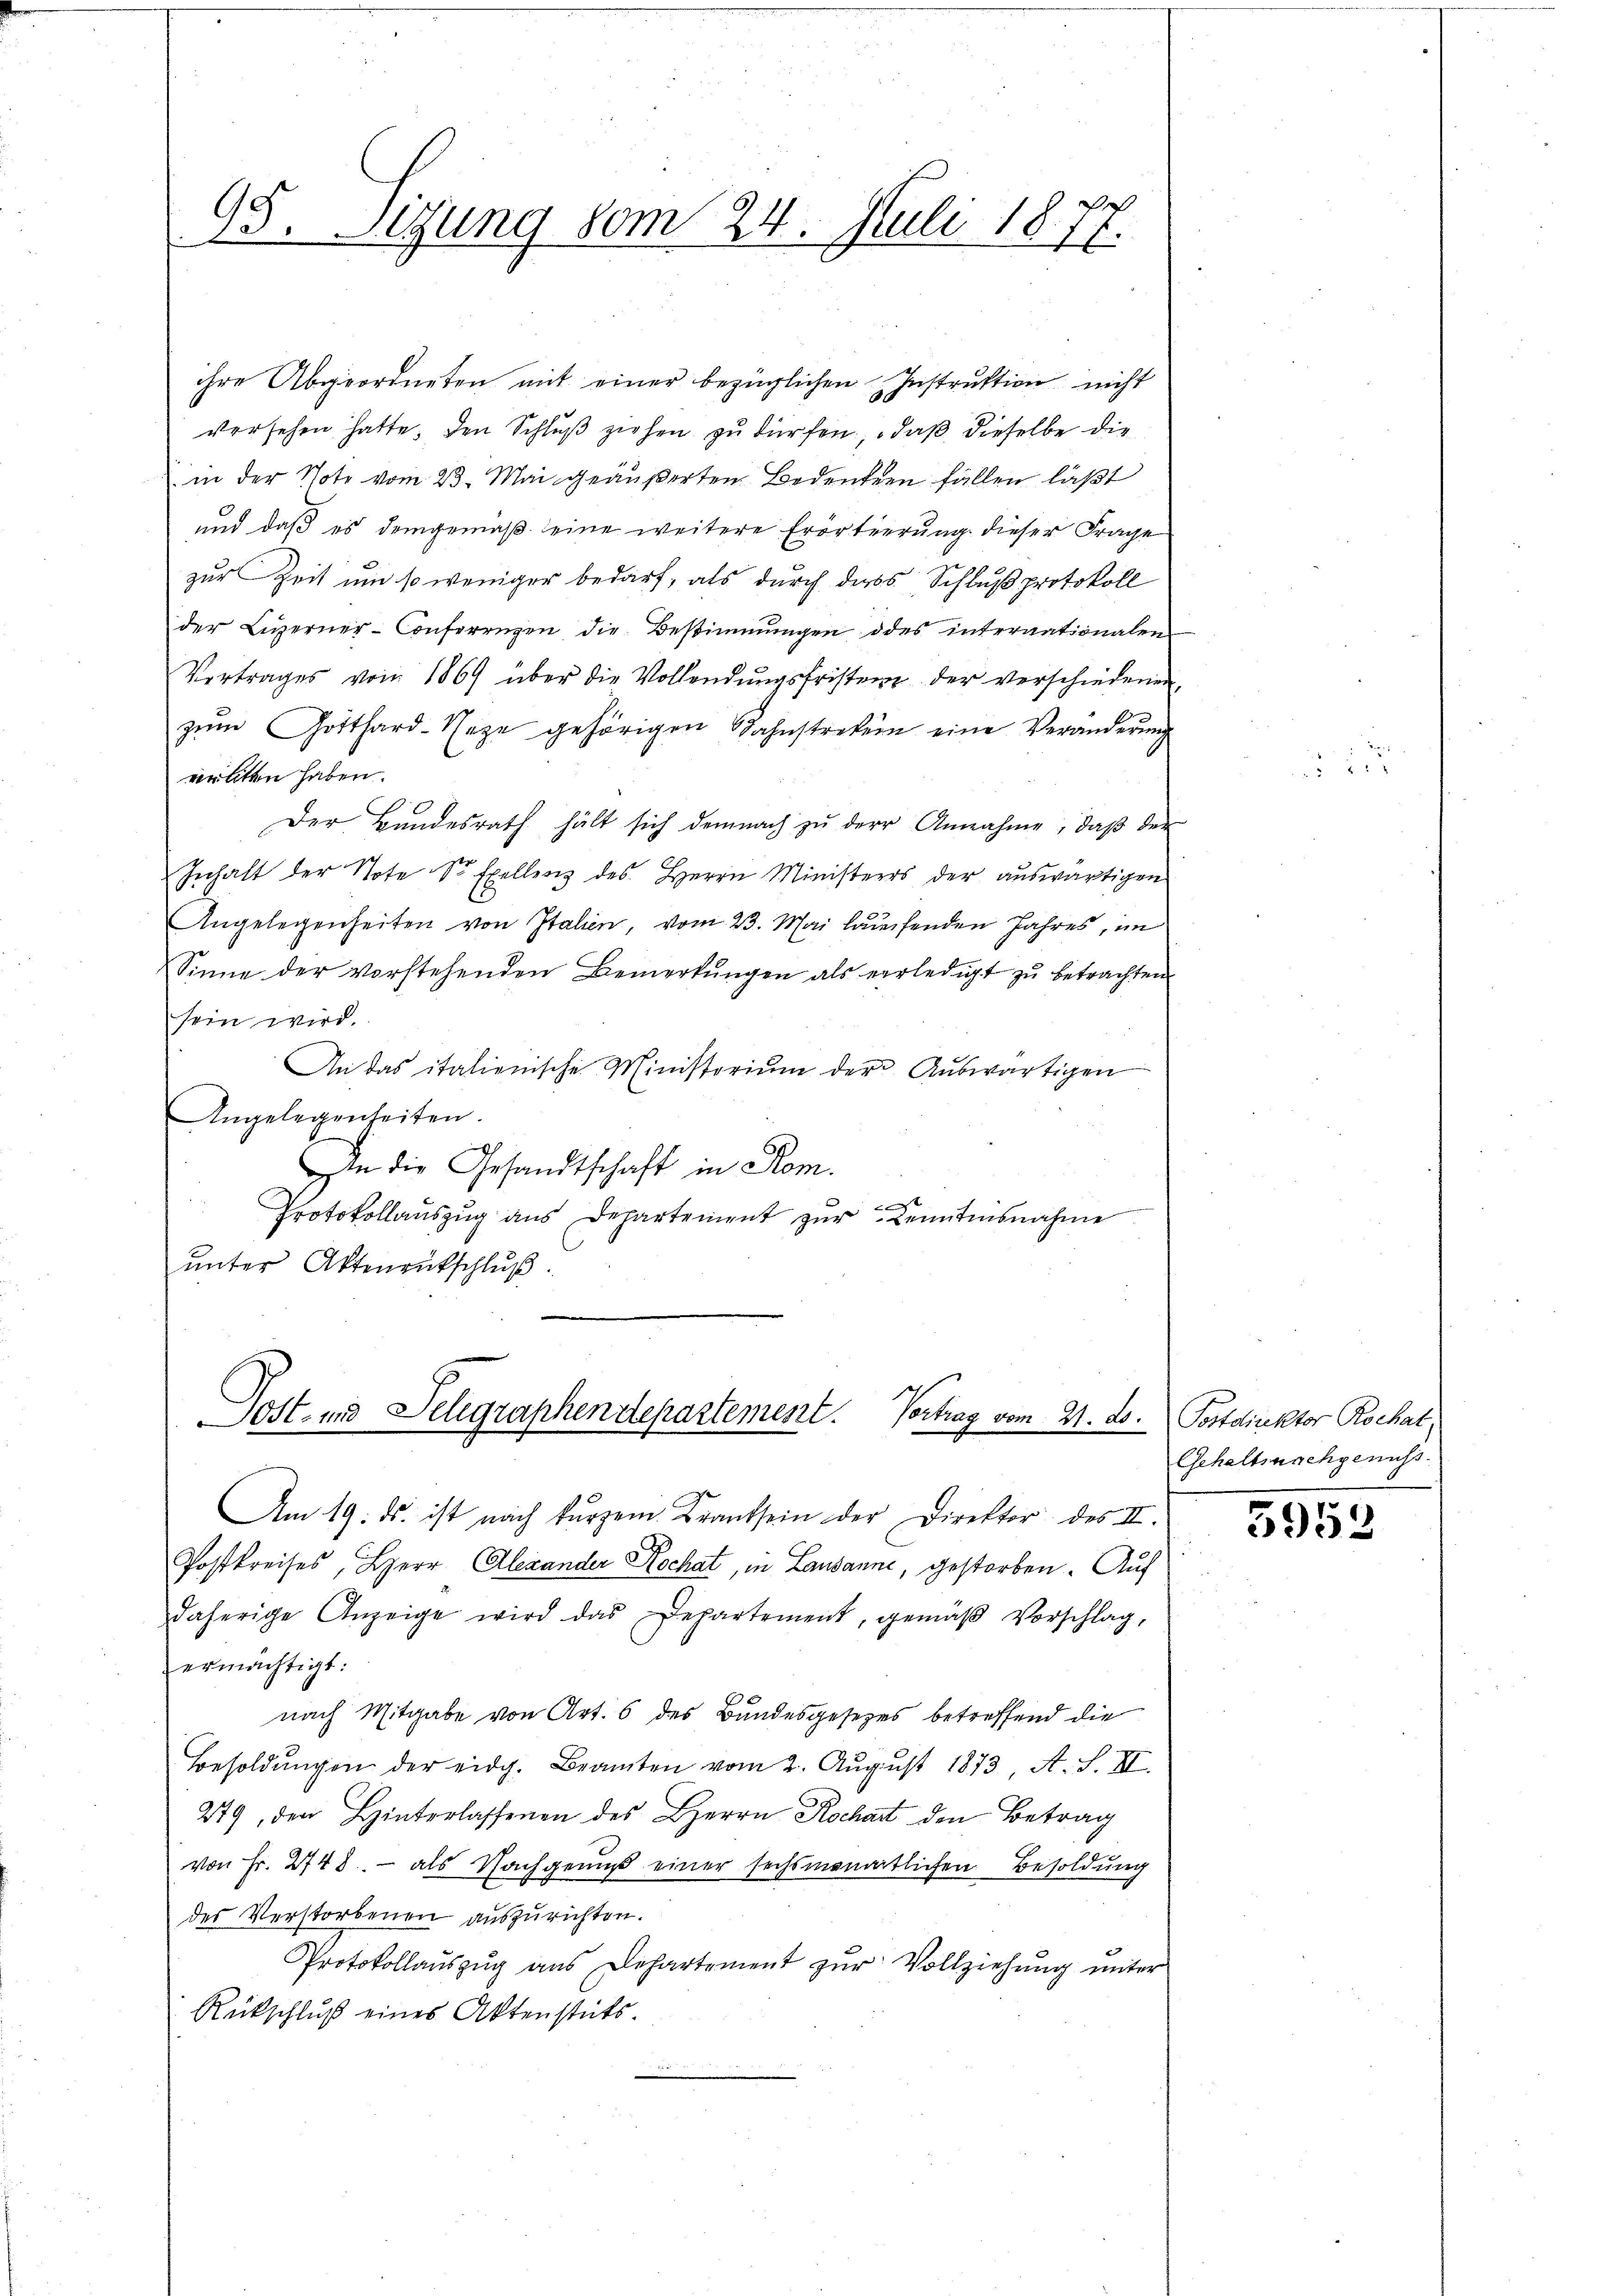
95. Sitzung vom 24. Juli 1877.

ihre Abgeordneten mit einer bezüglichen Instruktion nicht
versehen hatte, den Schluß ziehen zu dürfen, daß dieselbe die
in der Tote vom 23. Mai geäußerten Bedenken fällen läßt
und daß es demgemäß seine weitere Erörterung dieser Frage
zur Zeit um so weniger bedarf, als durch das Schluß protokoll
der Luzerner-Conferengen, die Bestimmungen des internationalen
Vertrages von 1869 über die Vollendŭngsfristen der verschiedenen
zŭm Gotthard-Naze gehörigen Sahnstrekein eine Veränderŭng
verlitten haben.
Der Bŭndesrath hält sich demnach zŭ der Annahme, daβ der
Inhalt der Note Sr Exellenz des Herrn Ministers der auswärtigen
Angelegenheiten von Italien, vom 23. Mai laufenden Jahres, im
Sinne der vorstehenden Bemerkŭngen als verledigt zŭ betrachten
sein wird.
An das italienische Ministoriŭm der Aŭswärtigen
Angelegenheiten.
.
In die Gesandtschaft in Rom.
Protokollauszug aus Departement zur Kenntensnahme
ŭnter Aktientschlŭβ

Post- und Selegraphendepartement. Vortrag vom 21. ds. Postdirektor Rochat,

Am 19. ds. ist nach kurzem Kranksein der Direktor des II.
Postkreises, Herr Alexander Kochat, in Lausanne, gestorben. Auf
daherige Anzeige wird das Departement, gemäβ Vorschlag,
ermächtigt:
nach Mitgabe von Art. 6 des Bundesgesezes betreffend die
Besoldŭngen der eidg. Beamten vom 2. Aŭgŭst 1873, A. S. II.
279, den Hinterlassenen des Herrn Rochart den Betrag
von Fr. 2748. - als Nachgenug einer sechsmonatlichen Besoldung
des Verstorbenen auszurichten.
Protokollauszug aus Departement zur Vollziehung unter
Rückschluß eines Aktenstets

Gehaltsnachgenuss.

5953